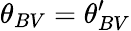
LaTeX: \theta_{BV}=\theta_{BV}^{\prime}